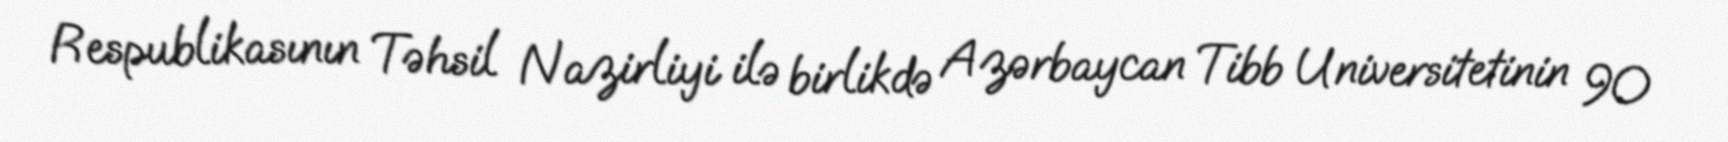
Respublikasının Təhsil Nazirliyi ilə birlikdə Azərbaycan Tibb Universitetinin 90